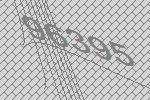
96395